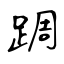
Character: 𨂊